Civil Veterinary Department. Madras. Admin. report 1926-33 - 1926-1933
Year: 1926
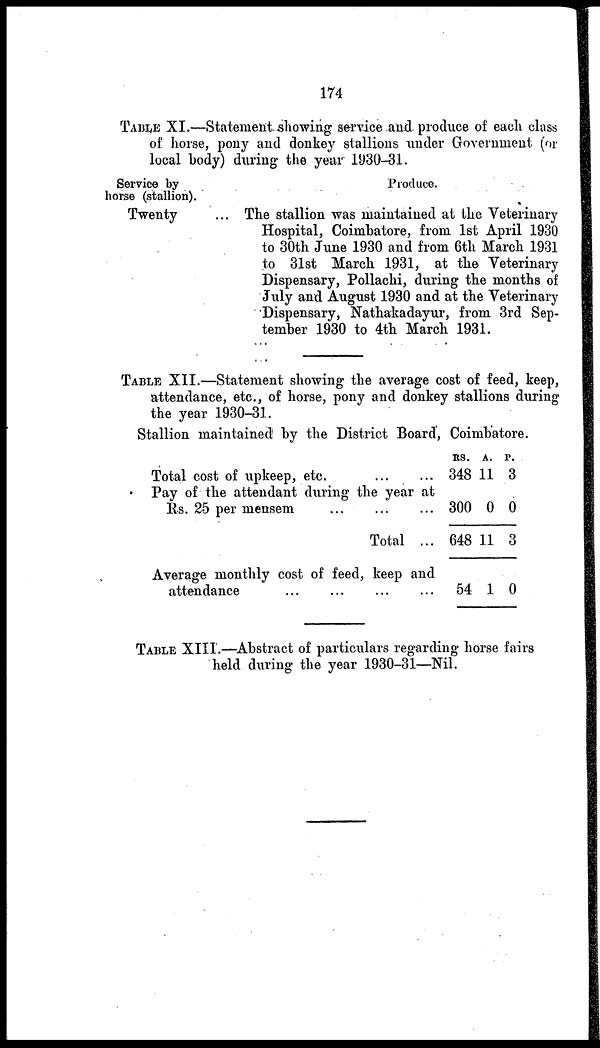
174
TABLE XI.—Statement showing service and produce of each class
of horse, pony and donkey stallions under Government (or
local body) during the year 1930-31.
Service by
horse (stallion).
Twenty
Produce.
The stallion was maintained at the Veterinary
Hospital, Coimbatore, from 1st April 1930
to 30th June 1930 and from 6th March 1931
to 31st March 1931, at the Veterinary
Dispensary, Pollachi, during the months of
July and August 1930 and at the Veterinary
Dispensary, Nathakadayur, from 3rd Sep-
tember 1930 to 4th March 1931.
TABLE XII.—Statement showing the average cost of feed, keep,
attendance, etc., of horse, pony and donkey stallions during
the year 1930-31.
Stallion maintained by the District Board, Coimbatore.
Total cost of upkeep, etc.
...
...
Pay of the attendant during the year at
Rs. 25 per mensem
...
...
...
Total ...
Average monthly cost of feed, keep and
attendance ... ... ... ...
Rs.
348
300
648
54
A.
11
0
11
1
P.
3
0
3
0
TABLE XIII.—Abstract of particulars regarding horse fairs
held during the year 1930-31—Nil.